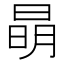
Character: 𣇵